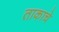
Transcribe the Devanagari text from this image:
ताकाचे